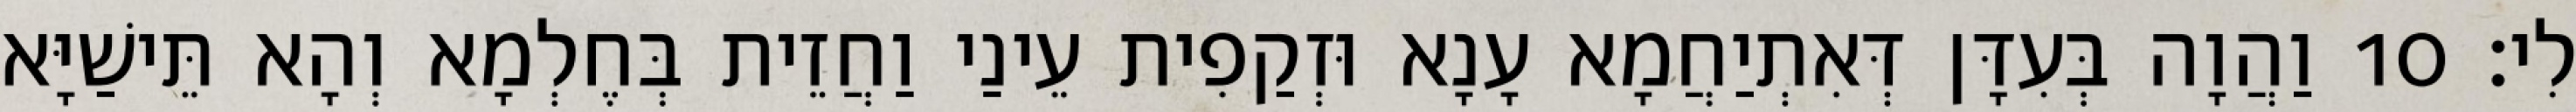
לִי׃ 10 וַהֲוָה בְּעִדָּן דְּאִתְיַחֲמָא עָנָא וּזְקַפִית עֵינַי וַחֲזֵית בְּחֶלְמָא וְהָא תֵּישַׁיָּא